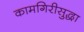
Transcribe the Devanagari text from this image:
कामगिरीसुद्धा